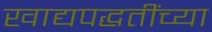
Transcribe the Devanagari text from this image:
खाद्यपद्धतींच्या